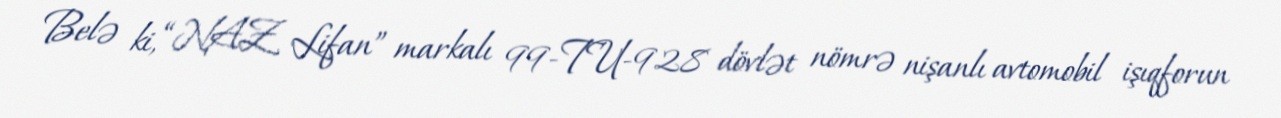
Belə ki, “NAZ Lifan” markalı 99-TU-928 dövlət nömrə nişanlı avtomobil işıqforun